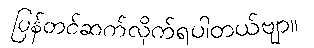
ပြန်တင်ဆက်လိုက်ရပါတယ်ဗျာ။